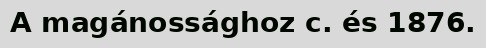
A magánossághoz c. és 1876.